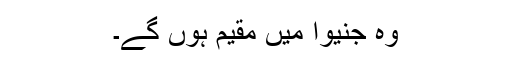
وہ جنیوا میں مقیم ہوں گے۔